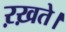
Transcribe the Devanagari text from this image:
ऱख़ते।